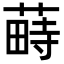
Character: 𦸎